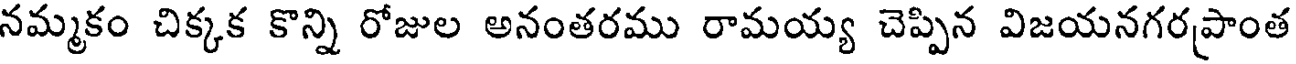
నమ్మకం చిక్కక కొన్ని రోజుల అనంతరము రామయ్య చెప్పిన విజయనగరప్రాంత